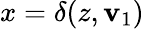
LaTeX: {x=\delta(z,\mathbf{v}_{1})}